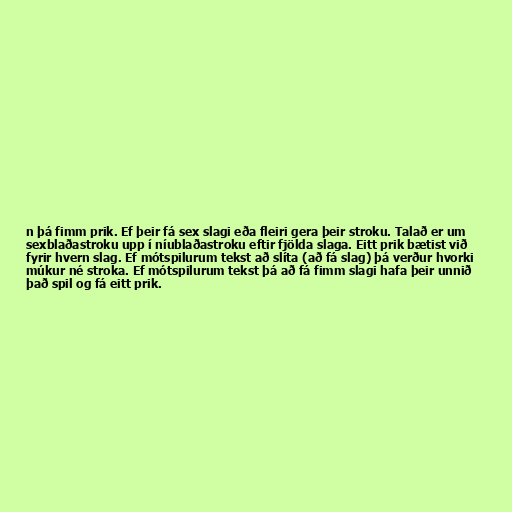
n þá fimm prik. Ef þeir fá sex slagi eða fleiri gera þeir stroku. Talað er um
sexblaðastroku upp í níublaðastroku eftir fjölda slaga. Eitt prik bætist við
fyrir hvern slag. Ef mótspilurum tekst að slíta (að fá slag) þá verður hvorki
múkur né stroka. Ef mótspilurum tekst þá að fá fimm slagi hafa þeir unnið
það spil og fá eitt prik.